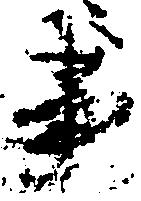
事